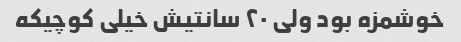
خوشمزه بود ولی ۲۰ سانتیش خیلی کوچیکه